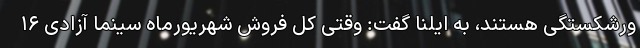
ورشکستگی هستند، به ایلنا گفت: وقتی کل فروش شهریورماه سینما آزادی ۱۶